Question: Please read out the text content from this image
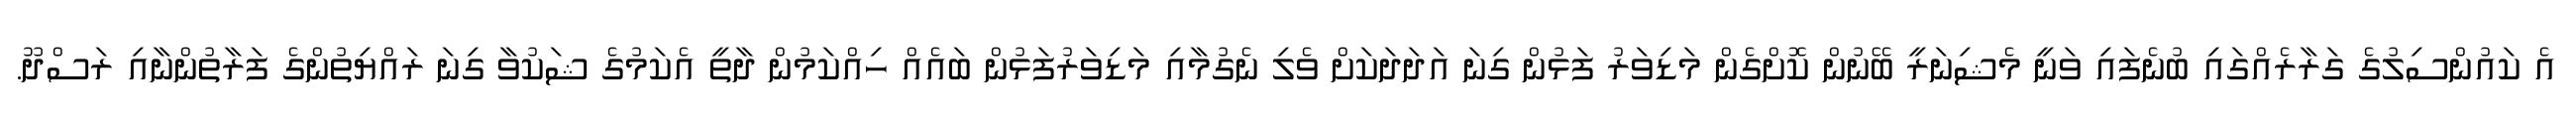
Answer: އެ ކައުންސިލުގެ ގަރާރެއްގައި ބުނެފައި ވަނީ މެޝިނަރީ ބޭނުން ކޮށްގެން މަޑިވަރު ފަޅުން ގިނަ އަދަދަކަށް ވެލި ނެގުމާއި މަޑިވަރުފަޅުން ބައެއް ހިއްކަމުން ދާތީ އެކަމުގެ ޝަކުވާ ގިނަ ރައްޔިތުންގެ ފަރާތުންނާއި ރަސްދޫ.